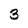
Character: 3